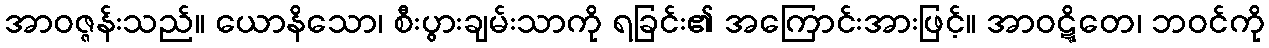
အာဝဇ္ဇန်းသည်။ ယောနိသော၊ စီးပွားချမ်းသာကို ရခြင်း၏ အကြောင်းအားဖြင့်။ အာဝဋ္ဋိတေ၊ ဘဝင်ကို